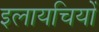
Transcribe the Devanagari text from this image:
इलायचियों